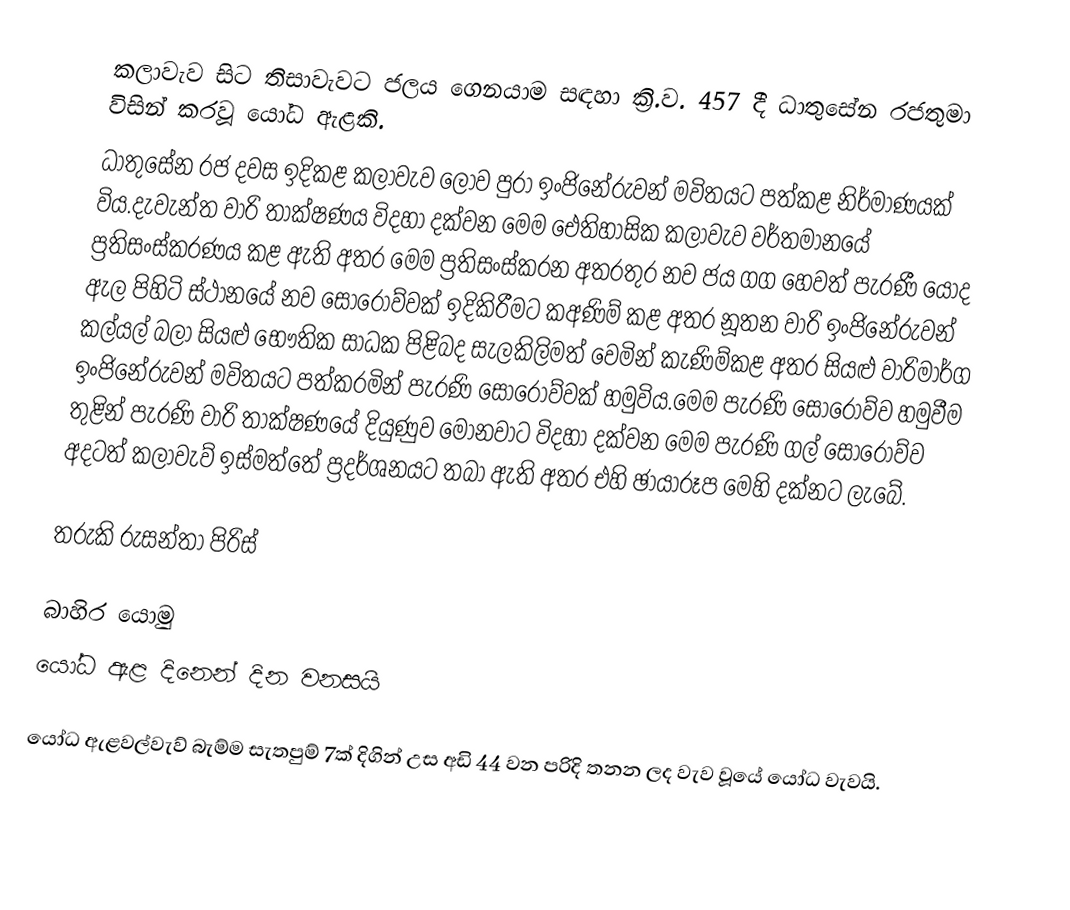
කලාවැව සිට තිසාවැවට ජලය ගෙනයාම සඳහා ක්‍රි.ව. 457 දී ධාතුසේන රජතුමා විසින් කරවූ යෝධ ඇළකි.
ධාතුසේන රජ දවස ඉදිකළ කලාවැව ලොව පුරා ඉංජිනේරුවන් මවිතයට පත්කළ නිර්මාණයක් විය.දැවැන්ත වාරි තාක්ෂණය විදහා දක්වන මෙම ඓතිහාසික කලාවැව වර්තමානයේ ප්‍රතිසංස්කරණය කළ ඇති අතර මෙම ප්‍රතිසංස්කරන අතරතුර නව ජය ගග හෙවත් පැරණී යෝද ඇල පිහිටි ස්ථානයේ නව සොරොව්වක් ඉදිකිරීමට කඅණිම් කළ අතර නූතන වාරි ඉංජිනේරුවන් කල්යල් බලා සියළු භෞතික සාධක පිළිබද සැලකිලිමත් වෙමින් කැණිම්කළ අතර සියළු වාරිමාර්ග ඉංජිනේරුවන් මවිතයට පත්කරමින් පැරණි සොරොව්වක් හමුවිය.මෙම පැරණි සොරොව්ව හමුවීම තුළින් පැරණි වාරි තාක්ෂණයේ දියුණුව මොනවාට විදහා දක්වන මෙම පැරණි ගල් සොරොව්ව අදටත් කලාවැව් ඉස්මත්තේ ප්‍රදර්ශනයට තබා ඇති අතර එහි ඡායාරූප මෙහි දක්නට ලැබේ.

තරුකි රුසන්තා පිරිස්

බාහිර යොමු
 යෝධ ඇළ දිනෙන් දින වනසයි

යෝධ ඇළවල්වැව් බැම්ම සැතපුම් 7ක් දිගින් උස අඩි 44 වන පරිදි තනන ලද වැව වූයේ යෝධ වැවයි.